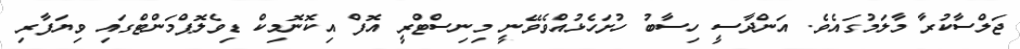
ޖަލްސާކުރާ މާލަމުގައެވެ. އަންދާސީ ހިސާބު ހުށަހެޅުއްވެވޭނީ މިނިސްޓްރީ އޮފް އިކޮނޮމިކް ޑިވެލޮޕްމަންޓްގައި ވިޔަފާރި